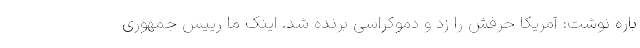
باره نوشت: آمریکا حرفش را زد و دموکراسی برنده شد. اینک ما رییس جمهوری